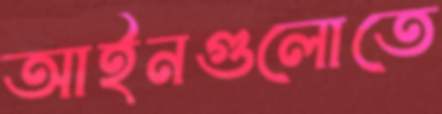
আইনগুলোতে